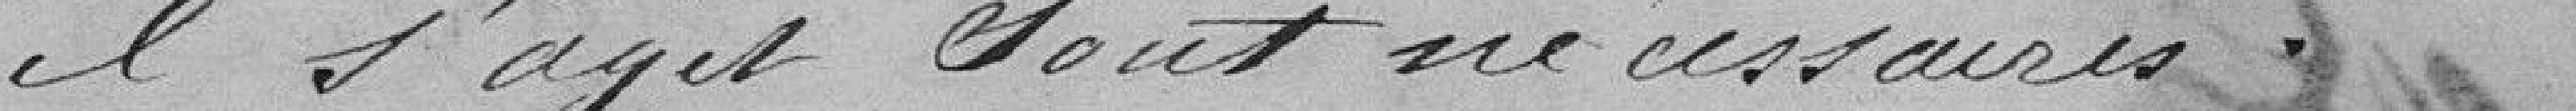
il s'agit sont nécessaires.